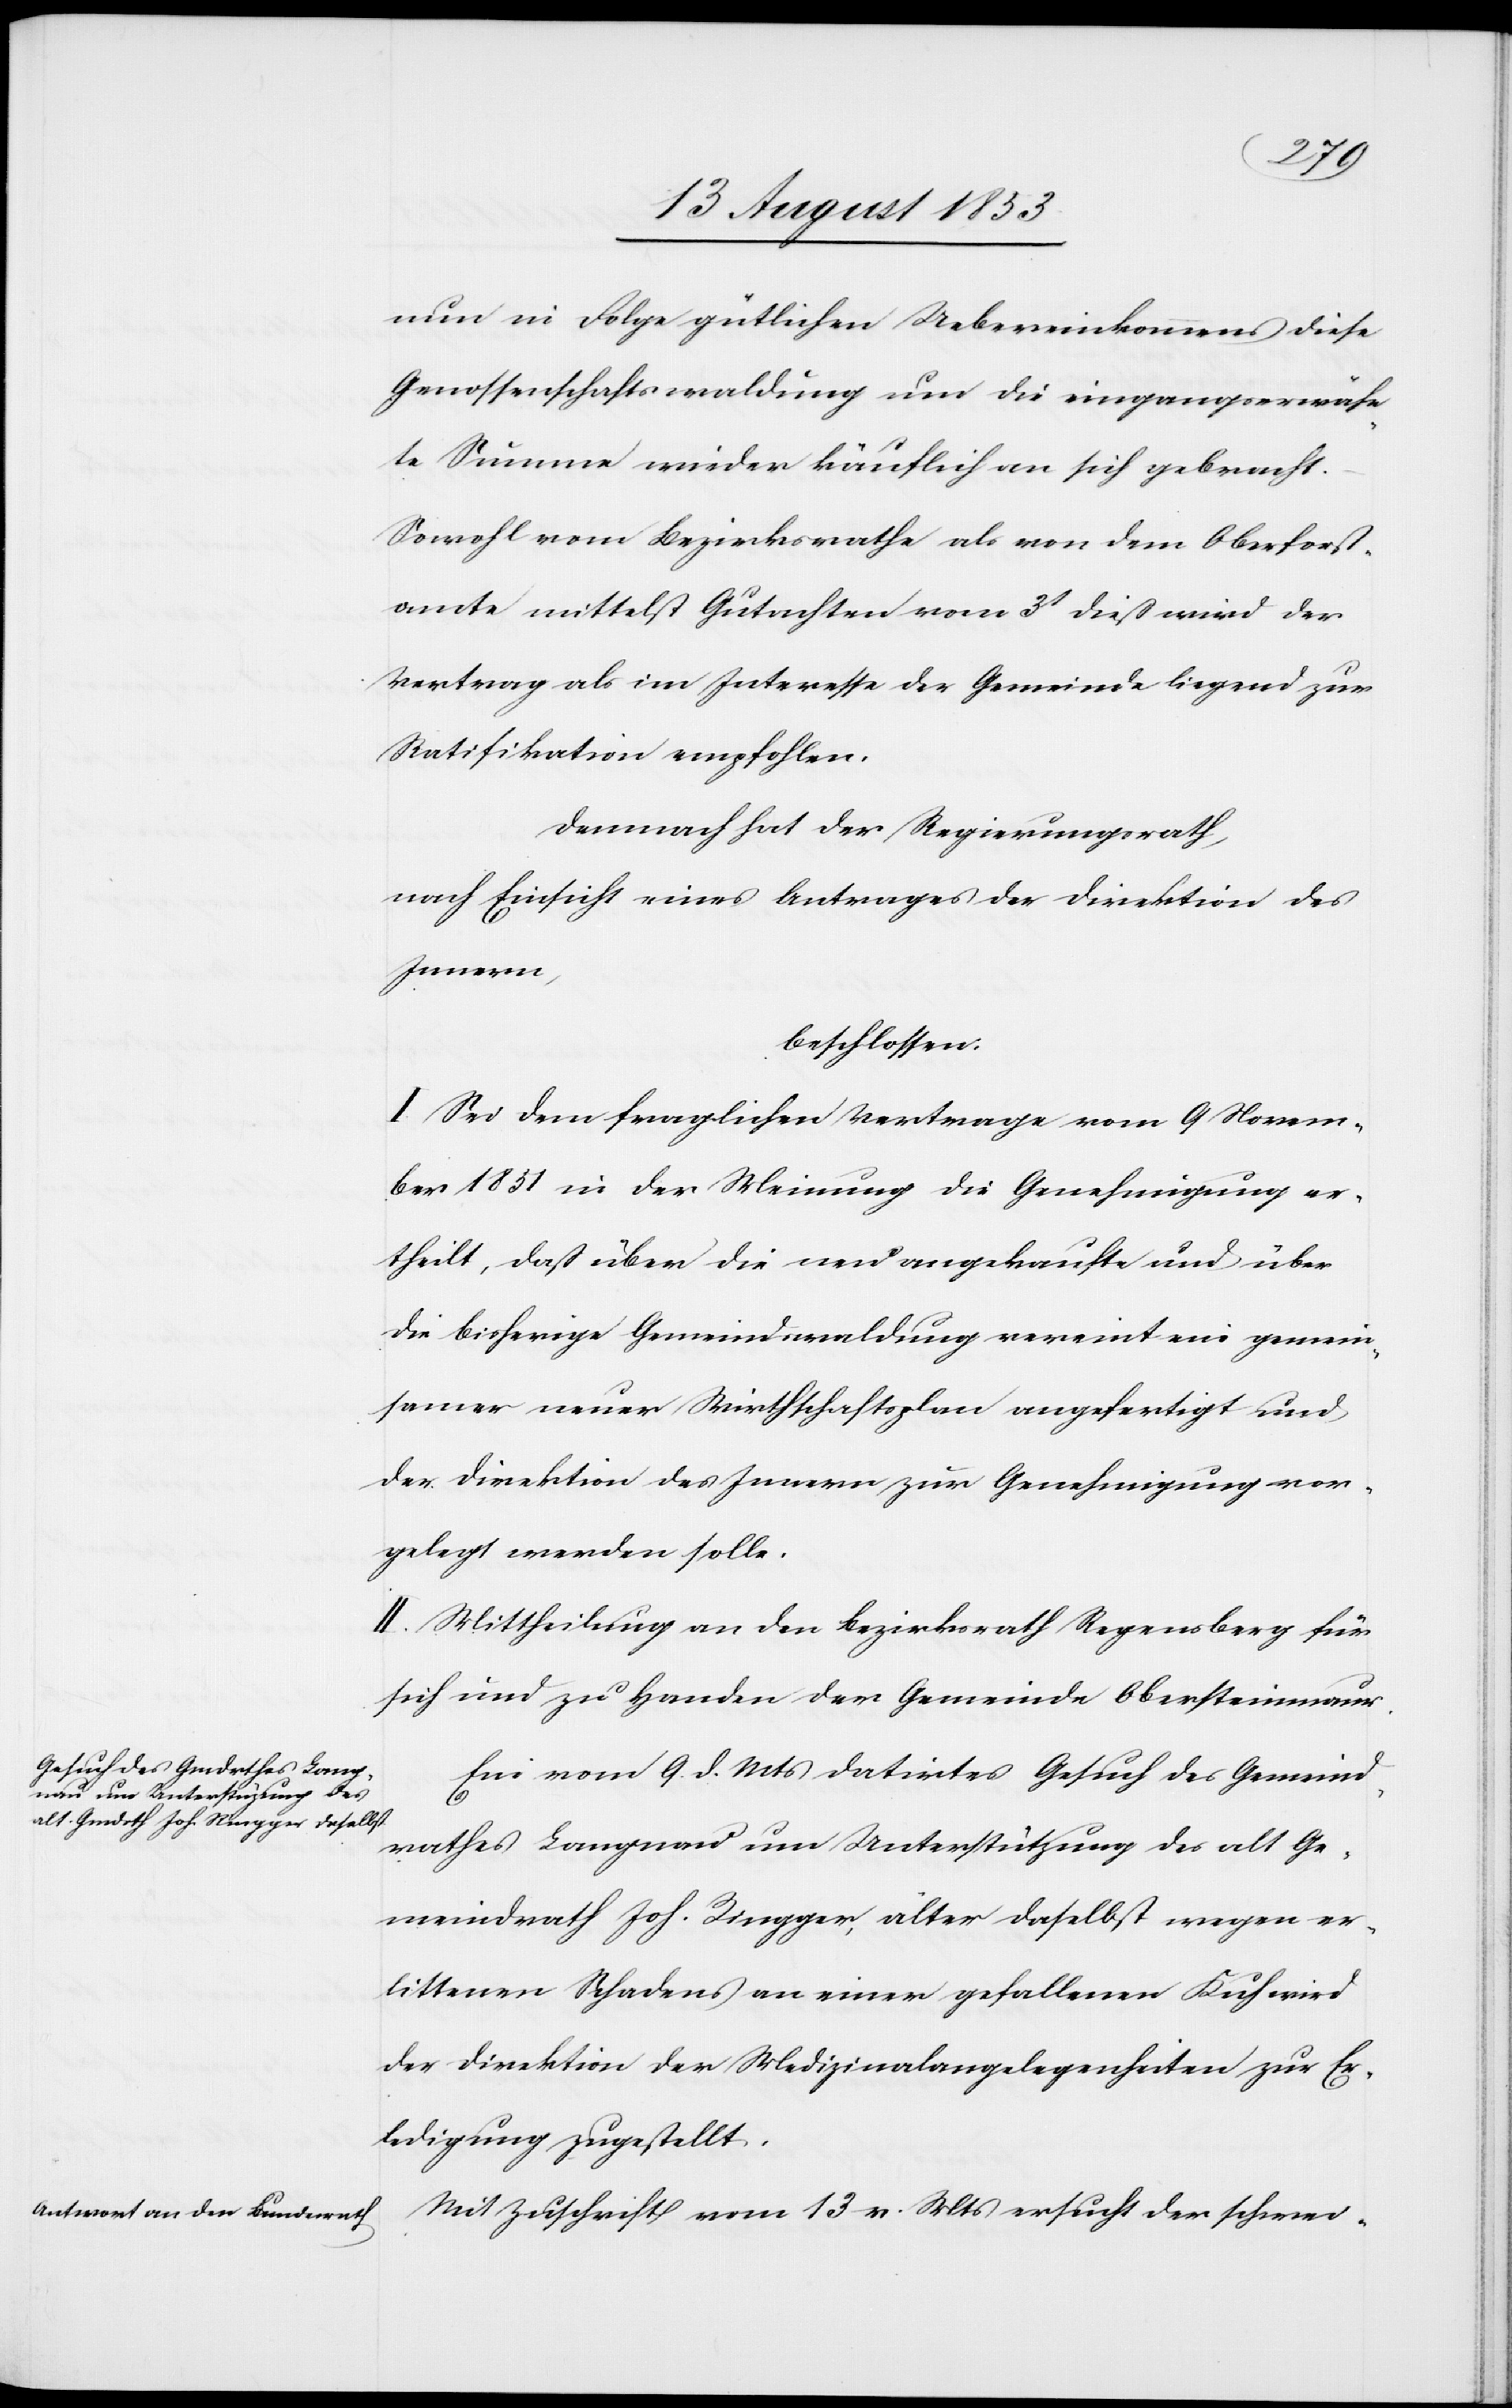
nun in Folge gütlichen Uebereinkommens diese
Genossenschaftswaldung um die eingangserwähn¬
te Summe wieder käuflich an sich gebracht.
Sowohl vom Bezirksrathe als von dem Oberforst¬
amte mittelst Gutachten vom 3t dieß wird der
Vertrag als im Interesse der Gemeinde liegend zur
Ratifikation empfohlen.
Demnach hat der Regierungsrath,
nach Einsicht eines Antrages der Direktion des
Innern,
beschlossen:
I. Sei dem fraglichen Vertrage vom 9 Novem¬
ber 1851 in der Meinung die Genehmigung er¬
theilt, daß über die neu angekaufte und über
die bisherige Gemeindswaldung vereint ein gemein¬
samer neuer Wirthschaftsplan angefertigt und
der Direktion des Innern zur Genehmigung vor¬
gelegt werden solle.
II. Mittheilung an den Bezirksrath Regensberg für
sich und zu Handen der Gemeinde Obersteinmaur.
Ein vom 9 d. Mts. datirtes Gesuch des Gemeind¬
rathes Langnau um Unterstützung des alt Ge¬
meindrath Joh. Ringger, älter daselbst wegen er¬
littenen Schadens an einer gefallenen Kuh wird
der Direktion der Medizinalangelegenheiten zur Er¬
ledigung zugestellt.
Mit Zuschrift vom 13 v. Mts. ersucht der schwei-